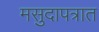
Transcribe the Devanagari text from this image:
मसुदापत्रात